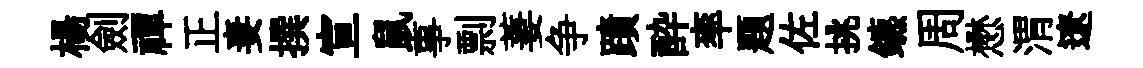
楊劍禪正妻撰宣鼠事剽萋争蹟酔率题佐挑鑣周懋渭遼